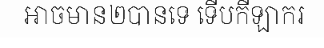
អាចមាន២បានទេ ទើបកីឡាករ